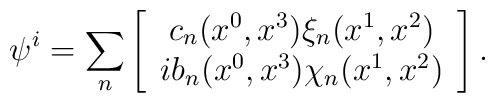
\psi^i = \sum_n     \left[     \begin{array}{c}              c_n(x^0, x^3) \xi_n(x^1, x^2) \\       i b_n(x^0, x^3) \chi_n(x^1, x^2)     \end{array}    \right].